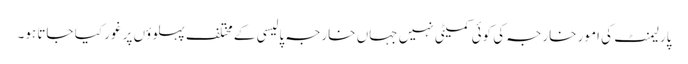
پارلیمنٹ کی امور خارجہ کی کوئی کمیٹی نہیں جہاں خارجہ پالیسی کے مختلف پہلوؤں پر غور کیا جاتا ہو۔